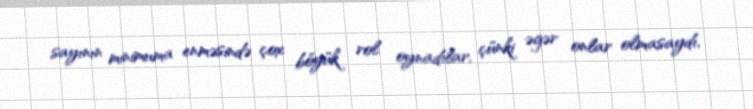
sayının minimuma enməsində çox böyük rol oynadılar, çünki əgər onlar olmasaydı,